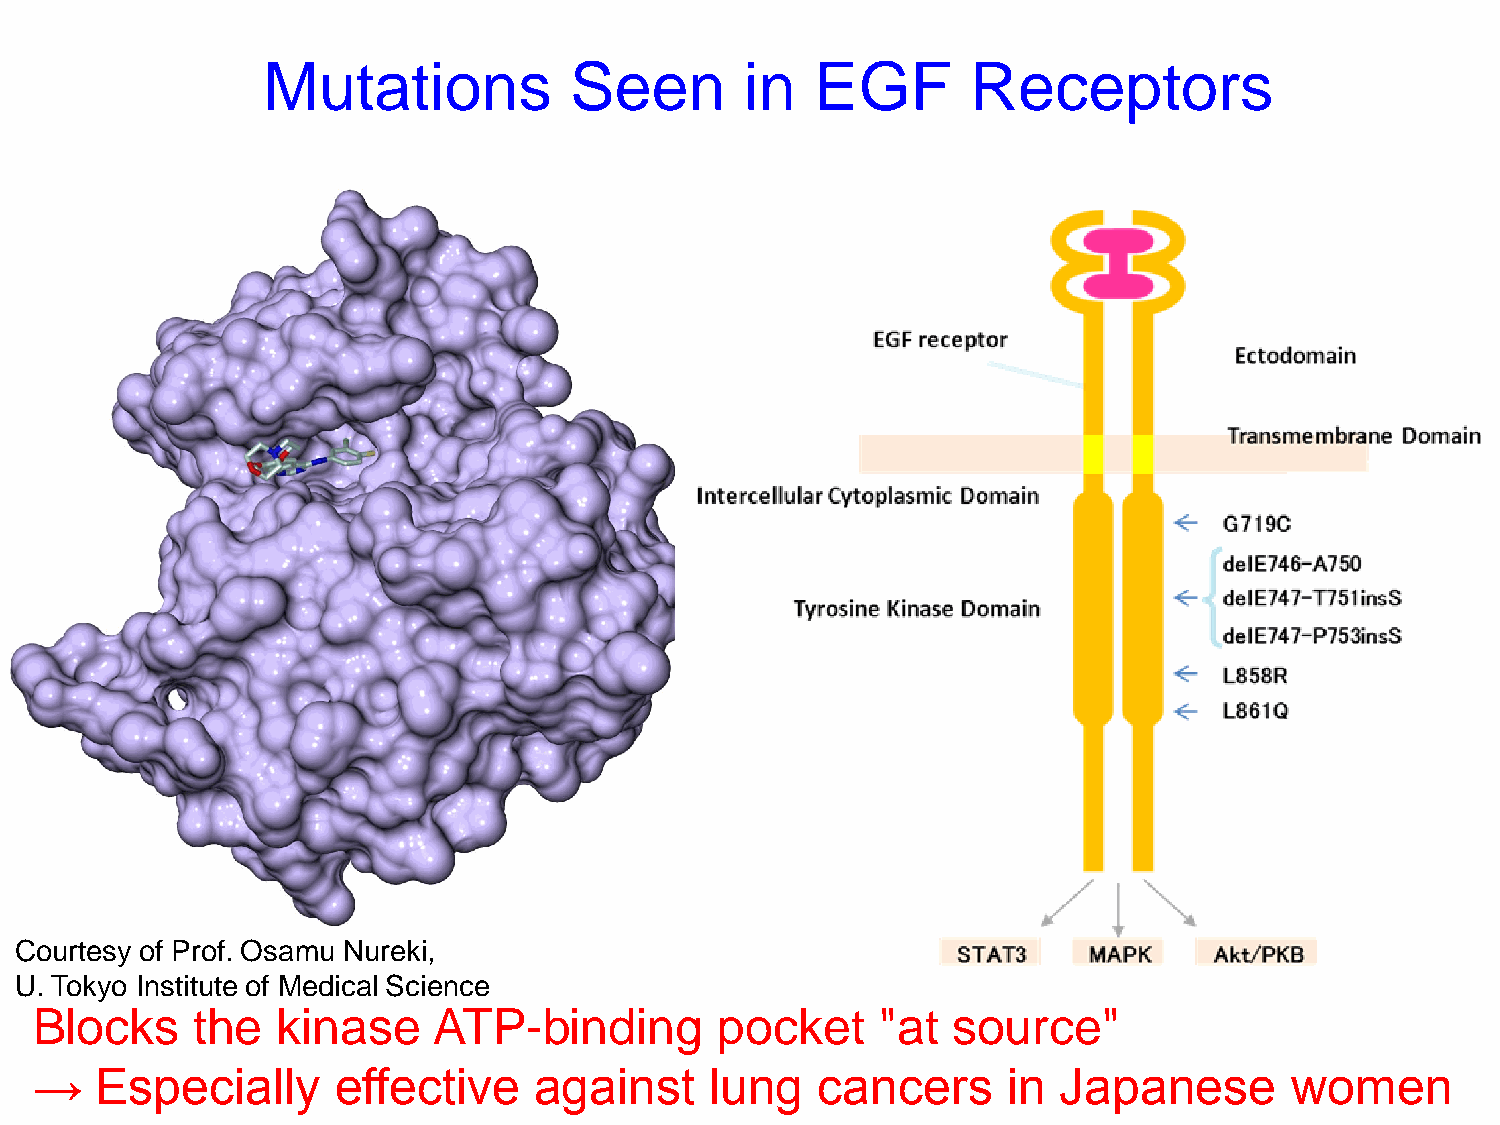
Mutations            Seen       in   EGF       Receptors
 Courtesy of Prof. Osamu Nureki,
 U. Tokyo Institute of Medical Science
 Blocks     the  kinase     ATP-binding        pocket    "at  source"
 →   Especially      effective    against     lung   cancers      in Japanese        women